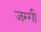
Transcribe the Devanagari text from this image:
जग्‍गी